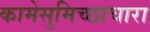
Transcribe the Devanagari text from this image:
कामेसुमिच्छाचारा